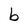
Character: b